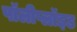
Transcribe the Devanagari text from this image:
पॉलीप्लॉइड